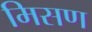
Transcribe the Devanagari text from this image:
मिसण